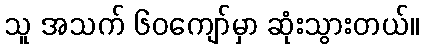
သူ အသက် ၆၀ကျော်မှာ ဆုံးသွားတယ်။